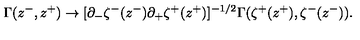
\Gamma ( z ^ { - } , z ^ { + } ) \to [ \partial _ { - } \zeta ^ { - } ( z ^ { - } ) \partial _ { + } \zeta ^ { + } ( z ^ { + } ) ] ^ { - 1 / 2 } \Gamma ( \zeta ^ { + } ( z ^ { + } ) , \zeta ^ { - } ( z ^ { - } ) ) .